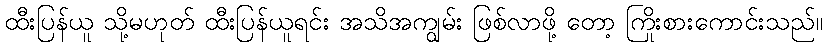
ထီးပြန်ယူ သို့မဟုတ် ထီးပြန်ယူရင်း အသိအကျွမ်း ဖြစ်လာဖို့ တော့ ကြိုးစားကောင်းသည်။